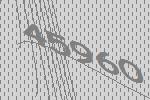
45960